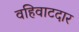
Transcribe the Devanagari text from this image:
वहिवाटदार